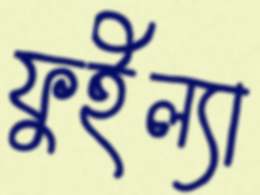
ফুইল্যা